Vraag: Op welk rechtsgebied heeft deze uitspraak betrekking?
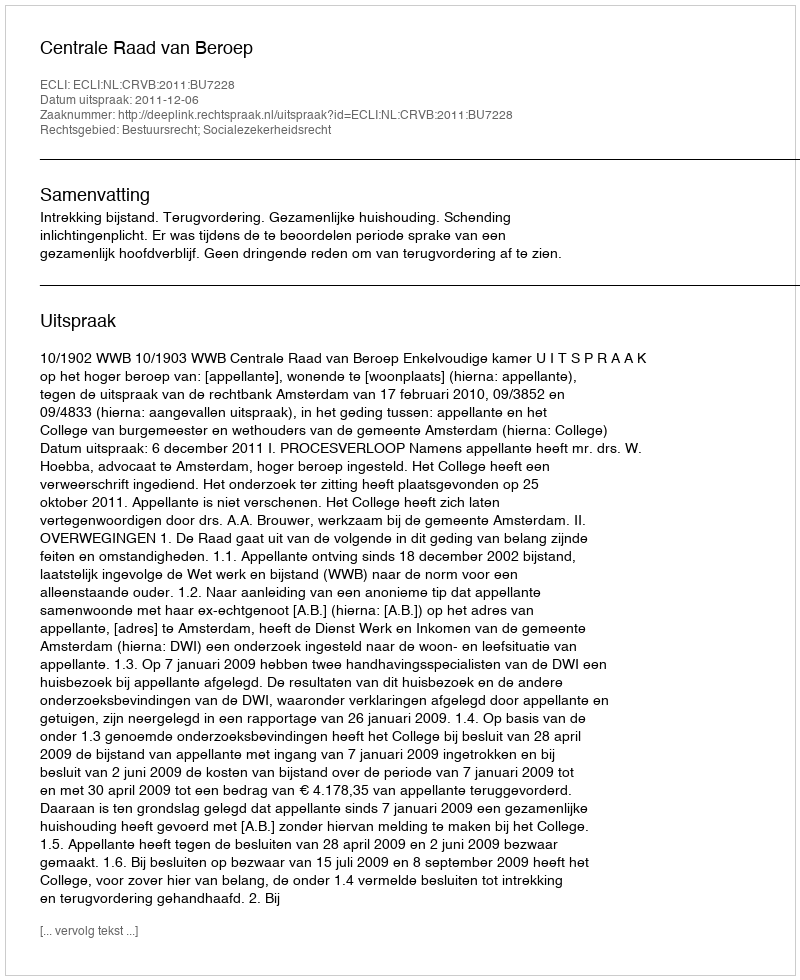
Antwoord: Bestuursrecht; Socialezekerheidsrecht